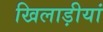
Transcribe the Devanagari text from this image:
खिलाड़ीयां